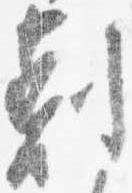
剋